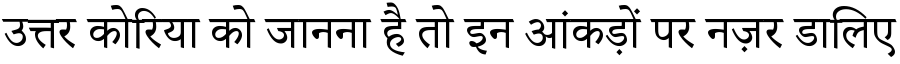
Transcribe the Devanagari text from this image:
उत्तर कोरिया को जानना है तो इन आंकड़ों पर नज़र डालिए